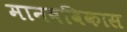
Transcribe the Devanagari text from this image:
मानवविकास